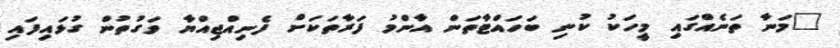
"މަނާ ތަނެއްގައި މީހަކު ކުނި ބަހައްޓާތަން އާންމު ފަރާތަކަށް ފެނިއްޖިއްޔާ ވަގުތުން ގުޅައިފައި